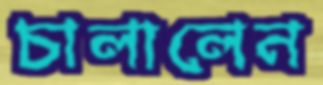
চালালেন